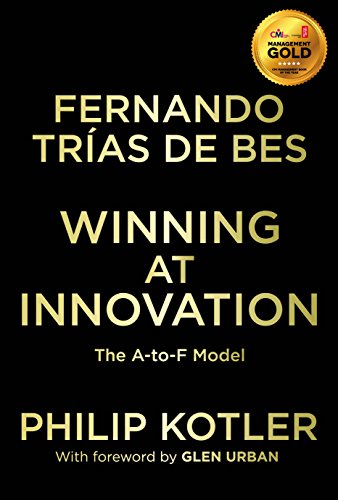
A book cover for Winning at Innovation: The A-to-F Model; Fernando TrÃ­as de Bes; Business & Money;